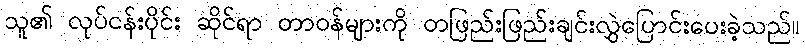
သူ၏ လုပ်ငန်းပိုင်း ဆိုင်ရာ တာဝန်များကို တဖြည်းဖြည်းချင်းလွှဲပြောင်းပေးခဲ့သည်။